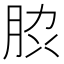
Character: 䏮